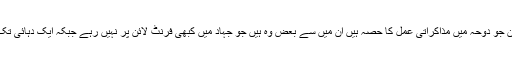
تحریک کے سیاسی قائدین جو دوحہ میں مذاکراتی عمل کا حصہ ہیں اُن میں سے بعض وہ ہیں جو جہاد میں کبھی فرنٹ لائن پر نہیں رہے جبکہ ایک دہائی تک تحریک سے الگ رہے۔